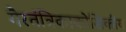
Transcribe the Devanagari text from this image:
गैरतंत्रिकाकोशिकीय